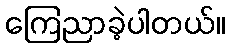
ကြေညာခဲ့ပါတယ်။